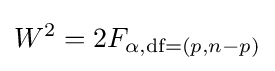
W^{2}=2F_{\alpha ,{\text{df}}=(p,n-p)}